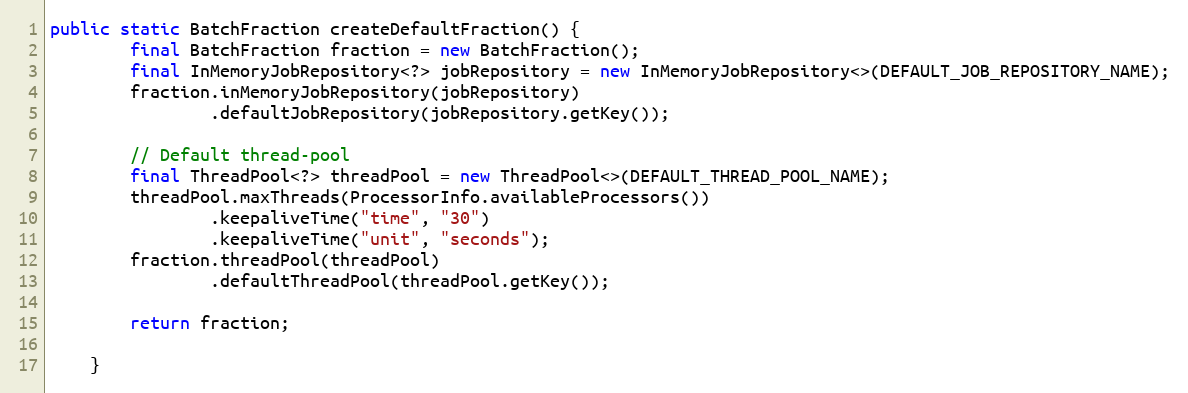
Language: Java
public static BatchFraction createDefaultFraction() {
        final BatchFraction fraction = new BatchFraction();
        final InMemoryJobRepository<?> jobRepository = new InMemoryJobRepository<>(DEFAULT_JOB_REPOSITORY_NAME);
        fraction.inMemoryJobRepository(jobRepository)
                .defaultJobRepository(jobRepository.getKey());

        // Default thread-pool
        final ThreadPool<?> threadPool = new ThreadPool<>(DEFAULT_THREAD_POOL_NAME);
        threadPool.maxThreads(ProcessorInfo.availableProcessors())
                .keepaliveTime("time", "30")
                .keepaliveTime("unit", "seconds");
        fraction.threadPool(threadPool)
                .defaultThreadPool(threadPool.getKey());

        return fraction;

    }